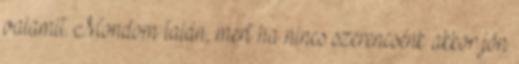
valamit. Mondom talán, mert ha nincs szerencsénk akkor jön